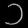
Digit: ၁